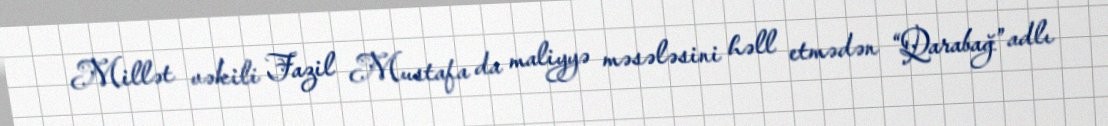
Millət vəkili Fazil Mustafa da maliyyə məsələsini həll etmədən “Qarabağ” adlı